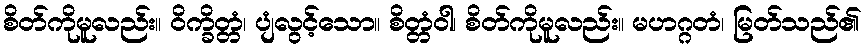
စိတ်ကိုမူလည်း။ ဝိက္ခိတ္တံ၊ ပျံလွင့်သော။ စိတ္တံဝါ၊ စိတ်ကိုမူလည်း။ မဟဂ္ဂတံ၊ မြတ်သည်၏